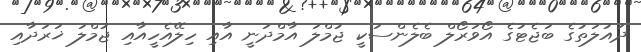
ދައުލަތުގެ ބަޖެޓުގެ އޯވަރޯލް ބެލެންސަކީ ޖުމްލަ އާމްދަނީ އާއި ހިލޭއެހީއާއި ޖުމްލަ ޚަރަދާއި